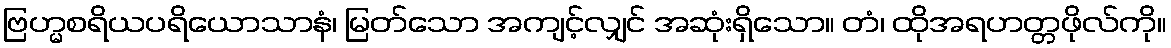
ဗြဟ္မစရိယပရိယောသာနံ၊ မြတ်သော အကျင့်လျှင် အဆုံးရှိသော။ တံ၊ ထိုအရဟတ္တဖိုလ်ကို။